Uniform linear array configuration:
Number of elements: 16
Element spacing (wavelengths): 0.25
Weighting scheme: hamming
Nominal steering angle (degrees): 15
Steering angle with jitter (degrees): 15.271
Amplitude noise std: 0.05
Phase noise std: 0.05

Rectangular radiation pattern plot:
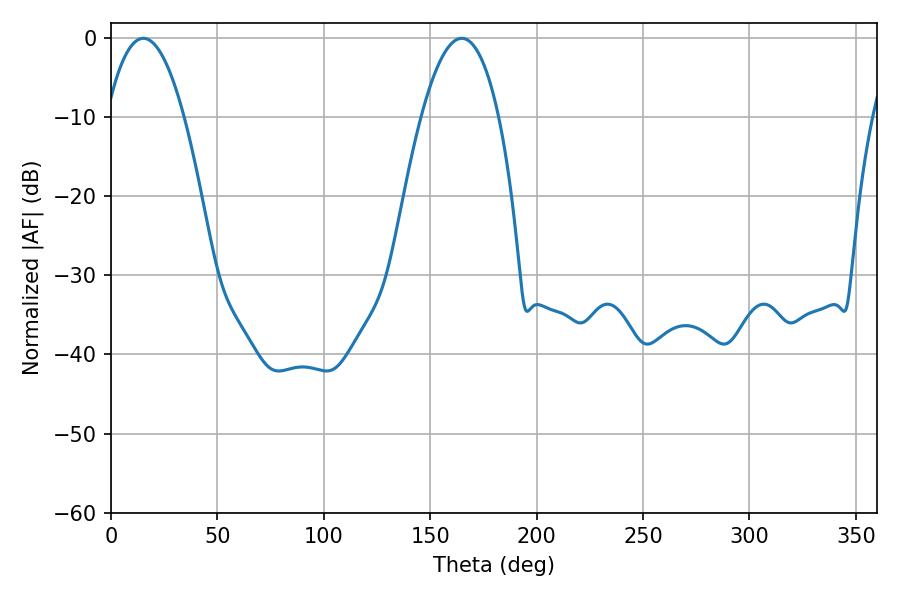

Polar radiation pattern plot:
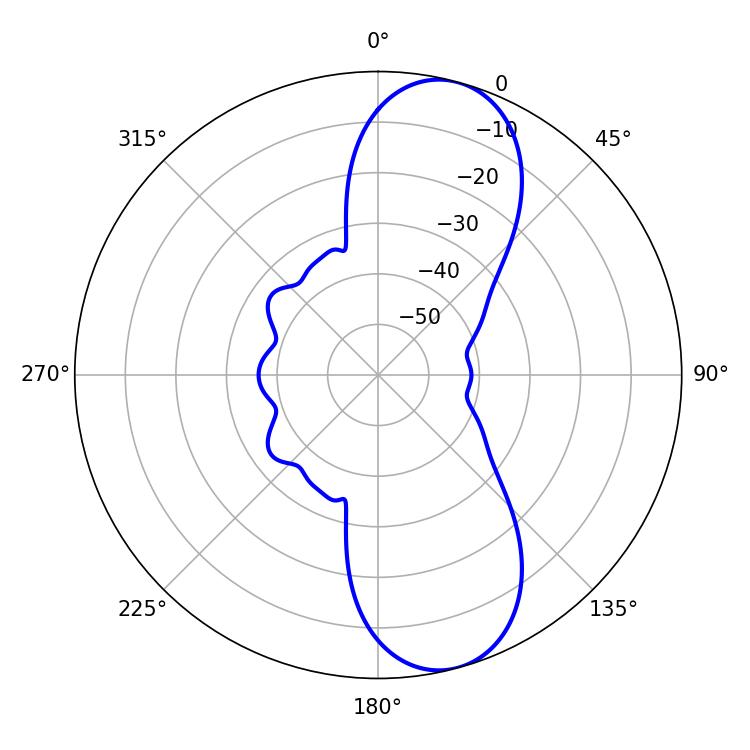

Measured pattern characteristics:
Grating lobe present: FALSE
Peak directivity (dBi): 9.965
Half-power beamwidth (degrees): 20.16
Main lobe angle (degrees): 15.12